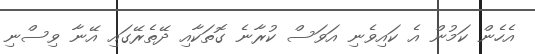
އެހެން ކަމުން އެ ކައިވެނި އަވަސް ކުރާނެ ގޮތަކާއި ދޭތެރޭގައި އޭނާ ވިސްނި